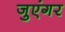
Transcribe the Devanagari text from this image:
जुएंगर